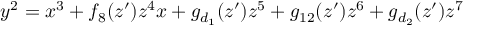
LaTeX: y ^ { 2 } = x ^ { 3 } + f _ { 8 } ( z ^ { \prime } ) z ^ { 4 } x + g _ { d _ { 1 } } ( z ^ { \prime } ) z ^ { 5 } + g _ { 1 2 } ( z ^ { \prime } ) z ^ { 6 } + g _ { d _ { 2 } } ( z ^ { \prime } ) z ^ { 7 }